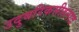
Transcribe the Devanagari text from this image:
उदुबरिकसीहनाद